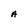
Character: A